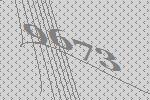
9673